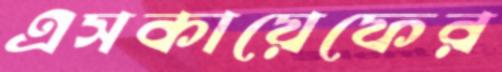
এসকায়েফের